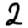
Digit: 2